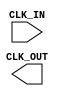
`timescale 1ns / 1ps
//////////////////////////////////////////////////////////////////////////////////
// Company: 
// Engineer: 
// 
// Design Name: 
// Module Name:    Div_clk 
// Project Name: 
// Target Devices: 
// Tool versions: 
// Description: 
//
// Dependencies: 
//
// Revision: 
// Revision 0.01 - File Created
// Additional Comments: 
//
//////////////////////////////////////////////////////////////////////////////////
module Div_clk(
    input CLK_IN,
    output CLK_OUT
    );


endmodule